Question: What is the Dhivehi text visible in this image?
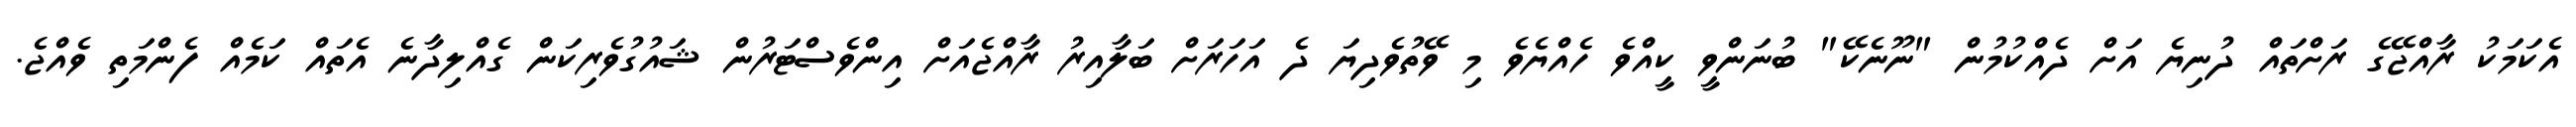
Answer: އެކަމަކު ރާއްޖޭގެ ރަށްތައް ދުނިޔެ އަށް ދެއްކުމުން "ނޫނެކޭ" ބުނަންވީ ކީއްވެ ހެއްޔެވެ މި ވޭތުވެދިޔަ ދެ އަހަރަށް ބަލާއިރު ރާއްޖެއަށް އިންވެސްޓަރުން ޝައުގުވެރިކަން ގެއްލިދާނެ އެތައް ކަމެއް ފެންމަތި ވެއްޖެ.